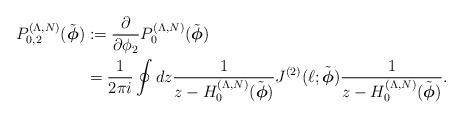
LaTeX: \begin{align*}P_{0,2}^{(\Lambda,N)}(\tilde{\boldsymbol{\phi}})&:=\frac{\partial}{\partial \phi_2}P_0^{(\Lambda,N)}(\tilde{\boldsymbol{\phi}})\\&=\frac{1}{2\pi i}\oint dz \frac{1}{z-H_0^{(\Lambda,N)}(\tilde{\boldsymbol{\phi}})}J^{(2)}(\ell;\tilde{\boldsymbol{\phi}})\frac{1}{z-H_0^{(\Lambda,N)}(\tilde{\boldsymbol{\phi}})}.\end{align*}